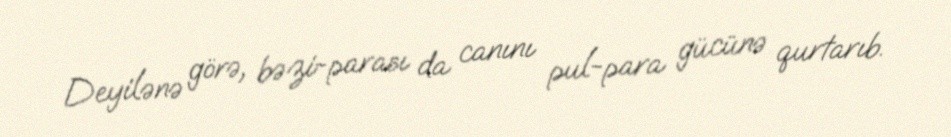
Deyilənə görə, bəzi-parası da canını pul-para gücünə qurtarıb.